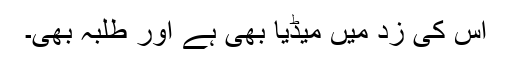
اس کی زد میں میڈیا بھی ہے اور طلبہ بھی۔